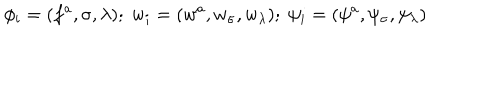
LaTeX: \phi _ { i } = ( f ^ { a } , \sigma , \lambda ) ; \; w _ { i } = ( w ^ { a } , w _ { \sigma } , w _ { \lambda } ) ; \; \psi _ { i } = ( \psi ^ { a } , \psi _ { \sigma } , \psi _ { \lambda } )